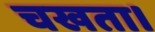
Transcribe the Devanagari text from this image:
चखता।